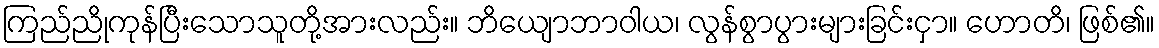
ကြည်ညိုကုန်ပြီးသောသူတို့အားလည်း။ ဘိယျောဘာဝါယ၊ လွန်စွာပွားများခြင်းငှာ။ ဟောတိ၊ ဖြစ်၏။